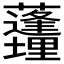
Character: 𱿊